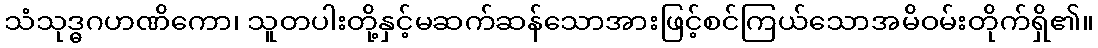
သံသုဒ္ဓဂဟဏိကော၊ သူတပါးတို့နှင့်မဆက်ဆန်သောအားဖြင့်စင်ကြယ်သောအမိဝမ်းတိုက်ရှိ၏။